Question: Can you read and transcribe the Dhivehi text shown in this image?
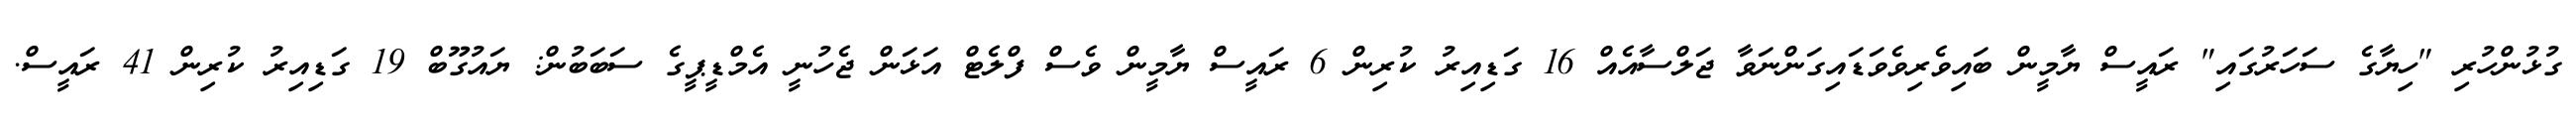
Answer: ގުޅުންހުރި "ހިޔާގެ ސަހަރުގައި" ރައީސް ޔާމީން ބައިވެރިވެވަޑައިގަންނަވާ ޖަލްސާއެއް 16 ގަޑިއިރު ކުރިން 6 ރައީސް ޔާމީން ވެސް ފްލެޓް އަޅަން ޖެހުނީ އެމްޑީޕީގެ ސަބަބުން: ޔައުގޫބް 19 ގަޑިއިރު ކުރިން 41 ރައީސް.